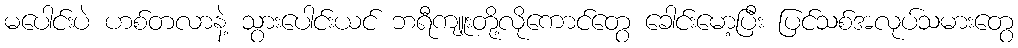
မပေါင်းပဲ ဟစ်တလာနဲ့ သွားပေါင်းယင် ဘရီကျူးတို့လိုကောင်တွေ ခေါင်းမော့ပြီး ပြင်သစ်အလုပ်သမားတွေ